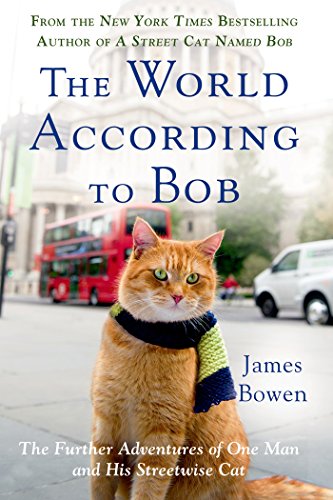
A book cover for The World According to Bob: The Further Adventures of One Man and His Streetwise Cat; James Bowen; Crafts, Hobbies & Home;